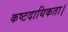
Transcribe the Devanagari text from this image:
कष्टदायिकता।